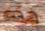
هذه